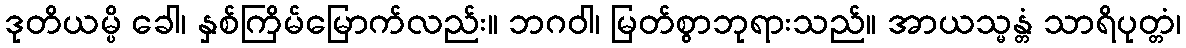
ဒုတိယမ္ပိ ခေါ၊ နှစ်ကြိမ်မြောက်လည်း။ ဘဂဝါ၊ မြတ်စွာဘုရားသည်။ အာယသ္မန္တံ သာရိပုတ္တံ၊